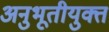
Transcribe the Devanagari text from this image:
अनुभूतीयुक्त